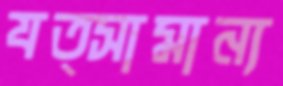
যত্সামান্য